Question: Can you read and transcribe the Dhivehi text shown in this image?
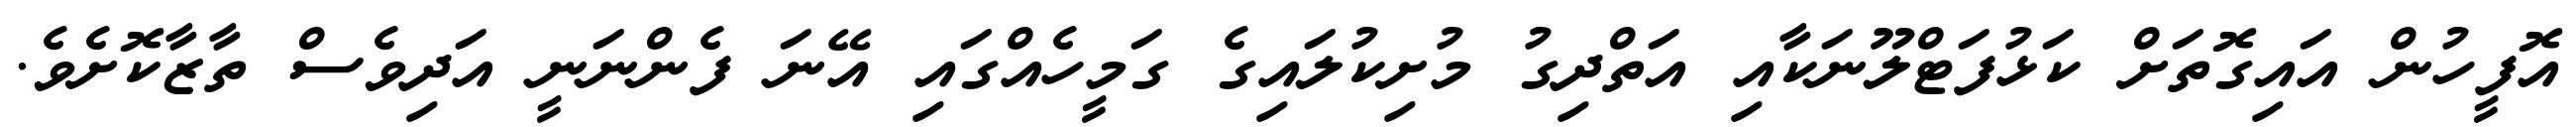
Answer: އޮފީހުން އައިގޮތަށް ކަޅުފަޓްލޫނަކާއި އަތްދިގު މުށިކުލައިގެ ގަމީހެއްގައި އޭނަ ފެންނަނީ އަދިވެސް ތާޒާކޮށެވެ.